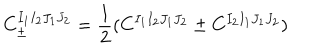
LaTeX: C _ { \pm } ^ { I _ { 1 } I _ { 2 } J _ { 1 } J _ { 2 } } = \frac { 1 } { 2 } ( C ^ { I _ { 1 } I _ { 2 } J _ { 1 } J _ { 2 } } \pm C ^ { I _ { 2 } I _ { 1 } J _ { 1 } J _ { 2 } } )